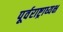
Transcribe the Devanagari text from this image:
पूर्वराष्ट्राध्यक्ष